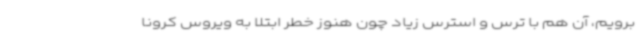
برویم، آن هم با ترس و استرس زیاد چون هنوز خطر ابتلا به ویروس کرونا